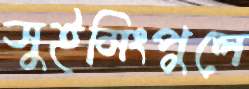
সুইমিংপুলে